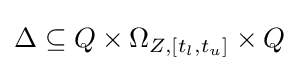
\Delta \subseteq Q\times \Omega _{Z,[t_{l},t_{u}]}\times Q